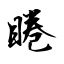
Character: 睠